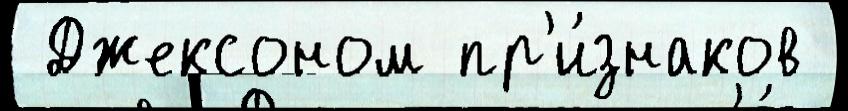
 Джексоном пр'и́знаков